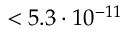
< 5 . 3 \cdot 1 0 ^ { - 1 1 }